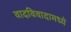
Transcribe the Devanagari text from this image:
वादविवादामध्ये